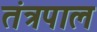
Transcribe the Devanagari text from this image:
तंत्रपाल